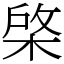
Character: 棨